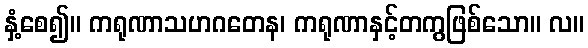
နှံ့စေ၍။ ကရုဏာသဟဂတေန၊ ကရုဏာနှင့်တကွဖြစ်သော။ လ။